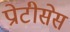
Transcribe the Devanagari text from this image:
प्रोटीसेस